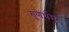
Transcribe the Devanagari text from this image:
गुणर्धम